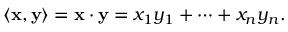
\langle \mathbf { x } , \mathbf { y } \rangle = \mathbf { x } \cdot \mathbf { y } = x _ { 1 } y _ { 1 } + \cdots + x _ { n } y _ { n } .